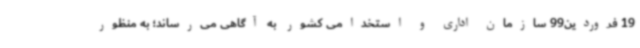
19 فروردین99 سازمان اداری و استخدامی کشور به آگاهی می‌رساند؛ به منظور